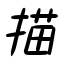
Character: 描